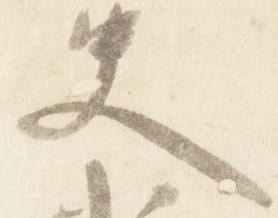
史